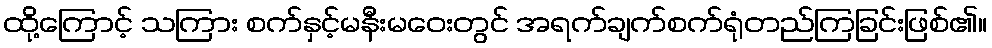
ထို့ကြောင့် သကြား စက်နှင့်မနီးမဝေးတွင် အရက်ချက်စက်ရုံတည်ကြခြင်းဖြစ်၏။